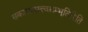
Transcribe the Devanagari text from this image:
सकारात्सत्त्वसम्भूतिरिति